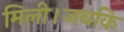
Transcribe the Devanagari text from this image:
मिली।जबकि